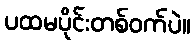
ပထမပိုင်းတစ်ဝက်ပဲ။